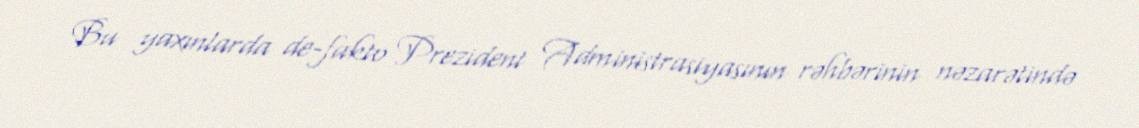
Bu yaxınlarda de-fakto Prezident Administrasiyasının rəhbərinin nəzarətində